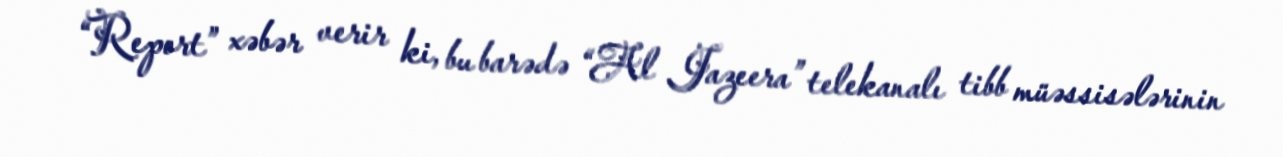
“Report” xəbər verir ki, bu barədə “Al Jazeera” telekanalı tibb müəssisələrinin